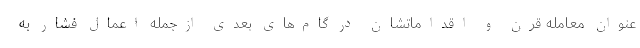
عنوان معامله قرن و اقداماتشان در گام‌های بعدی ازجمله اعمال فشار به